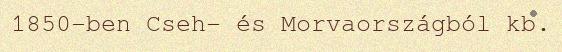
1850-ben Cseh- és Morvaországból kb.